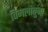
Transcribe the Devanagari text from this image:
विमलांबुजा